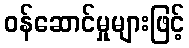
ဝန်ဆောင်မှုများဖြင့်